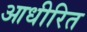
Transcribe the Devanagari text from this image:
आधीरित